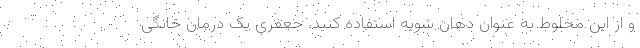
و از این مخلوط به عنوان دهان شویه استفاده کنید. جعفری یک درمان خانگی